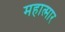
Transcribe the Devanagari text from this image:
महात्मार